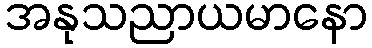
အနုသညာယမာနော